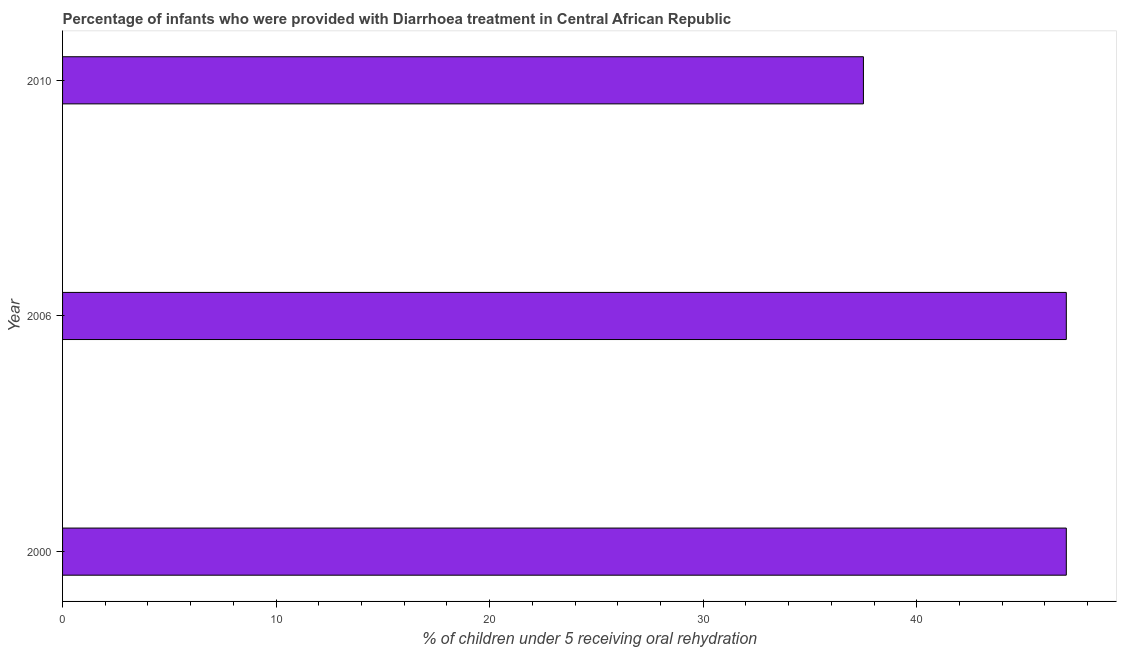
| Year | Diarrhea treatment |
 | --- | --- |
 | 2000 | 47 |
 | 2006 | 47 |
 | 2010 | 37.5 |